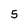
Character: 5